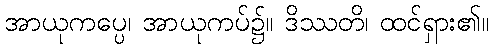
အာယုကပ္ပေ၊ အာယုကပ်၌။ ဒိဿတိ၊ ထင်ရှား၏။